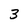
Character: 3